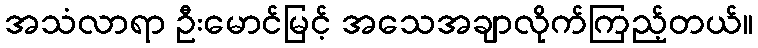
အသံလာရာ ဦးမောင်မြင့် အသေအချာလိုက်ကြည့်တယ်။